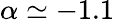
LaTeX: \alpha\simeq-1.1